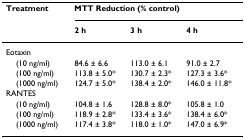
<table><thead><tr><td><b>Treatment</b></td><td colspan="3"><b>MTT Reduction (% control)</b></td></tr><tr><td></td><td><b>2 h</b></td><td><b>3 h</b></td><td><b>4 h</b></td></tr></thead><tbody><tr><td>Eotaxin</td><td></td><td></td><td></td></tr><tr><td> (10 ng/ml)</td><td>84.6 ± 6.6</td><td>113.0 ± 6.1</td><td>91.0 ± 2.7</td></tr><tr><td> (100 ng/ml)</td><td>113.8 ± 5.0*</td><td>130.7 ± 2.3*</td><td>127.3 ± 3.6*</td></tr><tr><td> (1000 ng/ml)</td><td>124.7 ± 5.0*</td><td>138.4 ± 2.0*</td><td>146.0 ± 11.8*</td></tr><tr><td>RANTES</td><td></td><td></td><td></td></tr><tr><td> (10 ng/ml)</td><td>104.8 ± 1.6</td><td>128.8 ± 8.0*</td><td>105.8 ± 1.0</td></tr><tr><td> (100 ng/ml)</td><td>118.9 ± 2.8*</td><td>133.4 ± 3.6*</td><td>138.4 ± 6.0*</td></tr><tr><td> (1000 ng/ml)</td><td>117.4 ± 3.8*</td><td>118.0 ± 1.0*</td><td>147.0 ± 6.9*</td></tr></tbody></table>